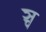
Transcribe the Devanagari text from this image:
ञ्च